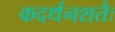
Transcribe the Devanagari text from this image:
कदर्थनशतैः